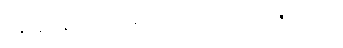
စန္ဒနော နိတ္ထိယံ ဂန္ဓ၊ သာရော မလယဇော ပျထ။